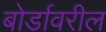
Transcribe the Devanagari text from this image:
बोर्डावरील